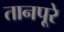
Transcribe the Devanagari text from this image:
तानपूरे